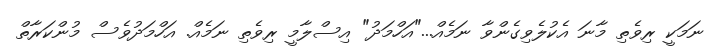
ނަމަކީ ރިވެތި މާނަ އެކުލެވިގެންވާ ނަމެއް..."އަހްމަދު" އިސްލާމީ ރިވެތި ނަމެއް. އަހްމަދުވެސް މުންކަރާތް